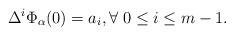
LaTeX: \begin{align*}\Delta^i\Phi_\alpha(0)=a_i, \forall\; 0\leq i\leq m-1.\end{align*}